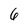
Character: 6